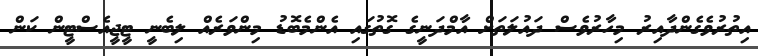
އިތުރުވެގެންދާއިރު މިހާރުވެސް ދައުލަތަށް އާމްދަނީގެ ގޮތުގައި އެންމެބޮޑު މިންވަރެއް ލިބެނީ ޓީޖީއެސްޓީން ކަން